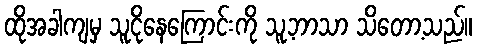
ထိုအခါကျမှ သူငိုနေကြောင်းကို သူ့ဘာသာ သိတော့သည်။